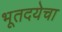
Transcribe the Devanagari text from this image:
भूतदयेचा